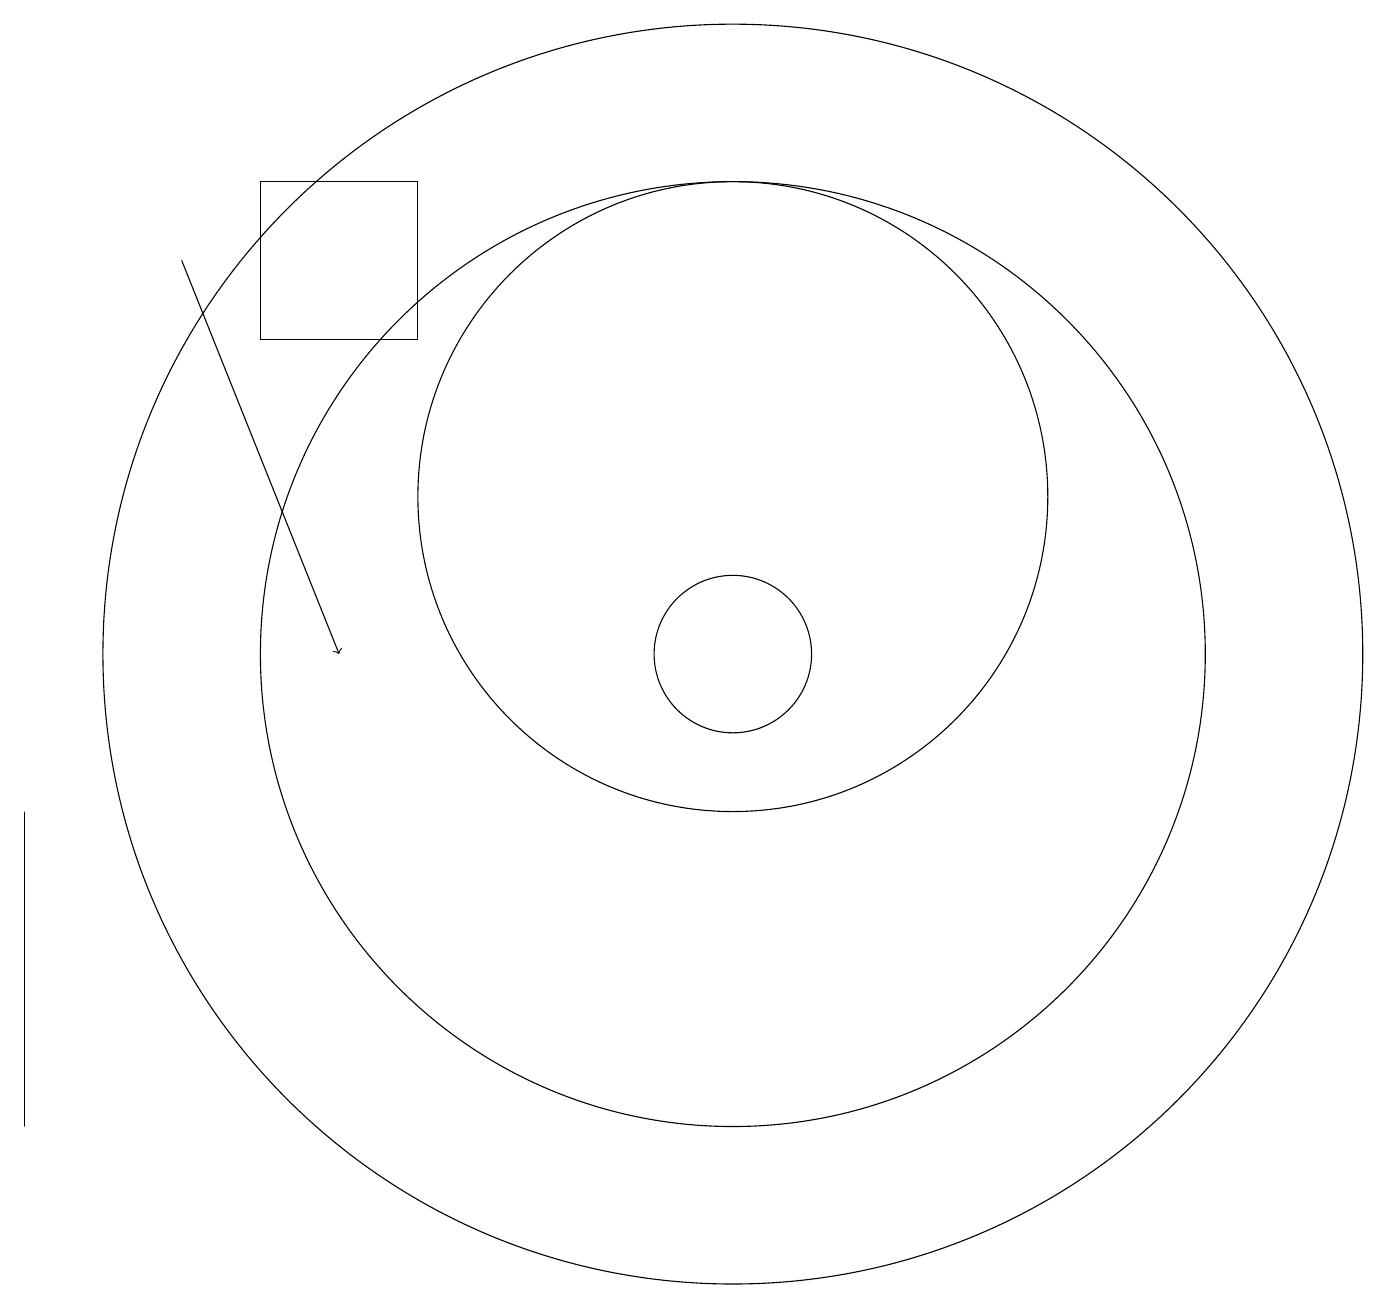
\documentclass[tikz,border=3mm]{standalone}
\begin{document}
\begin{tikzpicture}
\draw (10,10) circle (1);
\draw (6,16) rectangle (4,14);
\draw (10,12) circle (4);
\draw (10,10) circle (6);
\draw[->] (3,15) -- (5,10);
\draw (1,4) -- (1,4) -- (1,8) -- cycle;
\draw (10,10) circle (8);
\draw (10,11) circle (0);
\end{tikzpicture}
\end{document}